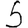
Digit: 5